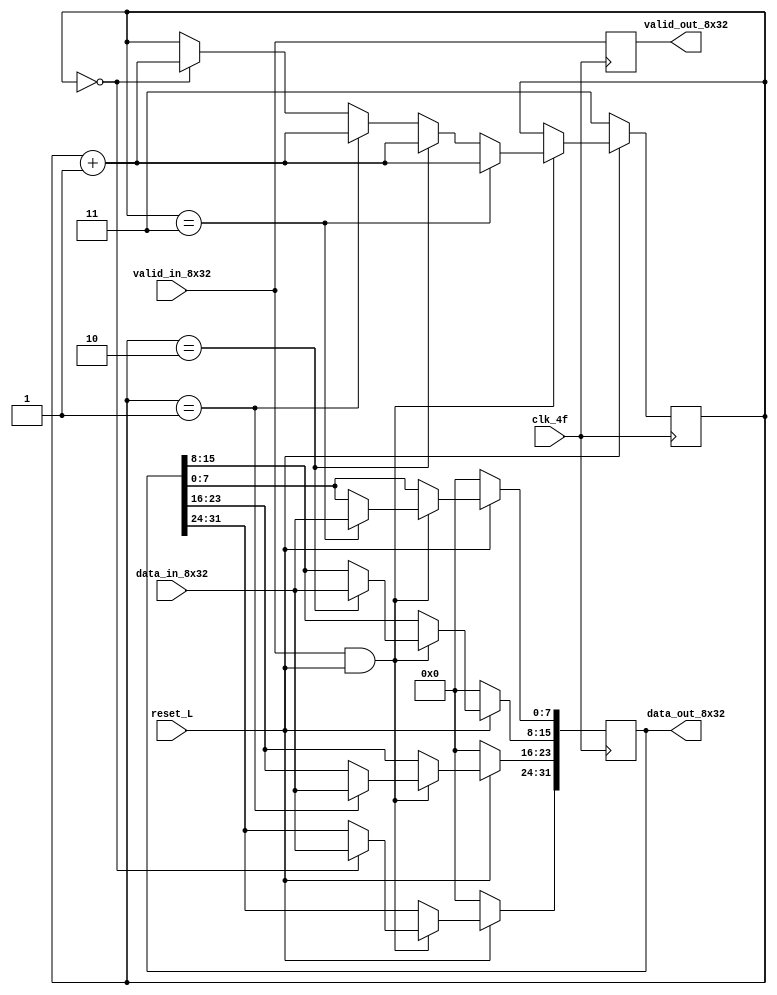
module Demux_8x32 (
	output reg	[31:0] data_out_8x32,
	output reg	valid_out_8x32,
	input		clk_4f,
	input		[7:0] data_in_8x32,
	input		valid_in_8x32,
	input 		reset_L);
	
	reg 	[1:0] selector_clk_4f;
	
	
	/*always @ (*) begin
		
		valid_out_8x32 <= valid_in_8x32;
	end*/
	
	always @ (posedge clk_4f) begin           //<<   >>
	
	if (reset_L == 0) begin
	
		data_out_8x32 <= 0;
		selector_clk_4f <= 'b111; //Antes estaba en cero
		end
	else
		begin
	
		if ((valid_in_8x32==1) & (reset_L==1)) begin
		
			
			if (selector_clk_4f == 'b00) begin
			
				data_out_8x32[31:24] <= data_in_8x32;
				selector_clk_4f <= selector_clk_4f +1;
				end
				
			if (selector_clk_4f == 'b01) begin
			
				data_out_8x32[23:16] <= data_in_8x32;
				selector_clk_4f <= selector_clk_4f +1;
				end
			if (selector_clk_4f == 'b10) begin
				data_out_8x32[15:8] <= data_in_8x32;
				selector_clk_4f <= selector_clk_4f +1;
				end
				
			if (selector_clk_4f == 'b11) begin
				data_out_8x32[7:0] <= data_in_8x32;
				selector_clk_4f <= selector_clk_4f +1;
				end
			end
		//valid_out_8x32 <= valid_in_8x32;
		end
		
		valid_out_8x32 <= valid_in_8x32;
	end
		
endmodule